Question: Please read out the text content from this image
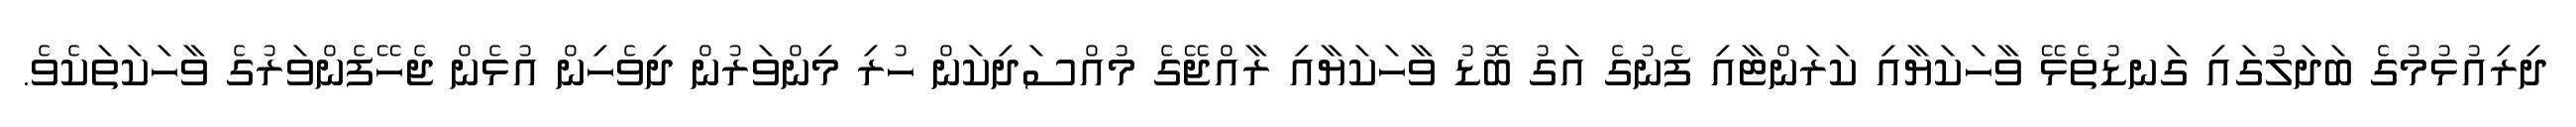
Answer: ދިރިއުޅުމުގެ ބަދަލުގައި ގަނޑުތެޅޭ ވާހަކަޔާއި ކަރަންޓާއި ފެނުގެ އަގު ބޮޑު ވާހަކަޔާއި ރާއްޖޭގެ މުއްސަދިކަން ހުރި މިންވަރުން ދިވެހިން އުޅެން ޖެހޭފެންވަރުގެ ވާހަކަތަކެވެ.